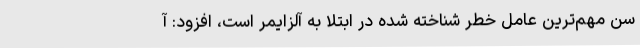
سن مهم‌ترین عامل خطر شناخته شده در ابتلا به آلزایمر است، افزود: آ